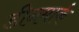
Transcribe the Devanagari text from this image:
डीनमार्क